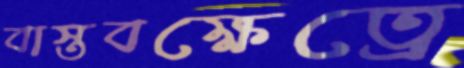
বাস্তবক্ষেত্রে